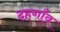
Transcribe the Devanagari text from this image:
दहगाँव